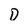
Character: D